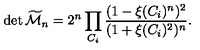
\det { \widetilde { \cal M } _ { n } } = 2 ^ { n } \prod _ { C _ { i } } { \frac { ( 1 - \xi ( C _ { i } ) ^ { n } ) ^ { 2 } } { ( 1 + \xi ( C _ { i } ) ^ { 2 } ) ^ { n } } } .